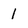
Character: 1